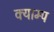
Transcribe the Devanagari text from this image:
क्याम्प